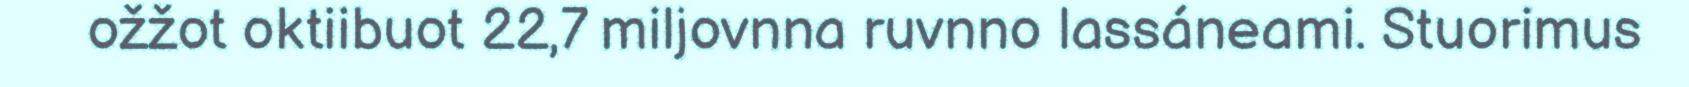
ožžot oktiibuot 22,7 miljovnna ruvnno lassáneami. Stuorimus